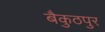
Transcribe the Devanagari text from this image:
बैकुठपुर